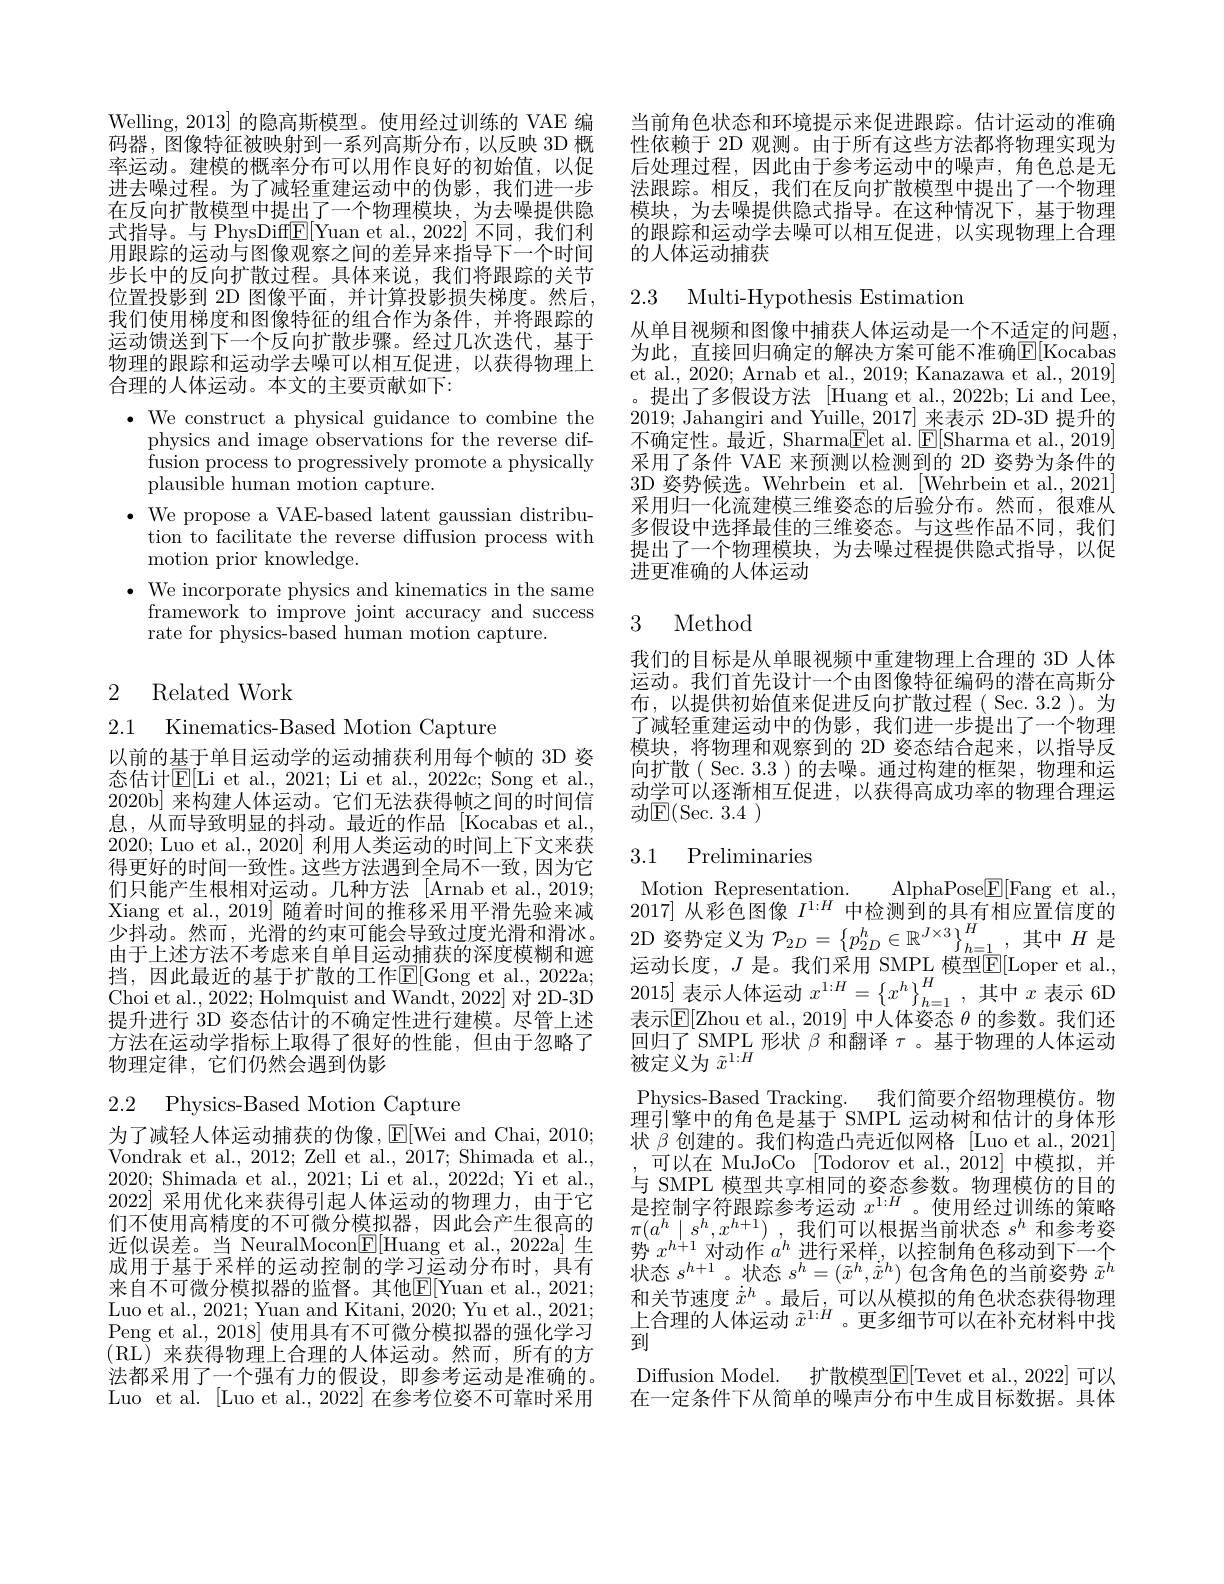
Welling, 2013] 的隐高斯模型。使用经过训练的 VAE 编码器，图像特征被映射到一系列高斯分布，以反映 3D 概率运动。建模的概率分布可以用作良好的初始值，以促进去噪过程。为了减轻重建运动中的伪影，我们进一步在反向扩散模型中提出了一个物理模块，为去噪提供隐式指导。与 PhysDiff$\underline{\mathrm{E}}[$Yuan et al.,2022] 不同，我们利用跟踪的运动与图像观察之间的差异来指导下一个时间步长中的反向扩散过程。具体来说，我们将跟踪的关节位置投影到 2D 图像平面，并计算投影损失梯度。然后， 我们使用梯度和图像特征的组合作为条件，并将跟踪的运动馈送到下一个反向扩散步骤。经过几次迭代，基于物理的跟踪和运动学去噪可以相互促进，以获得物理上合理的人体运动。本文的主要贡献如下：

$\bullet$ We construct a physical guidance to combine the
physics and image observations for the reverse diffusion process to progressively promote a physically plausible human motion capture.
$\bullet$ We propose a VAE-based latent gaussian distribu-
tion to facilitate the reverse diffusion process with
motion prior knowledge.
${\text{, We incorporate physics and kinematics in the same}}$ framework to improve joint accuracy and success rate for physics-based human motion capture.
2 Related Work

2.1 Kinematics-Based Motion Capture

以前的基于单目运动学的运动捕获利用每个帧的 3D 姿态估计$\mathbb{E}[$Li et al., 2021; Li et al., 2022c; Song et al., 2020b] 来构建人体运动。它们无法获得帧之间的时间信息，从而导致明显的抖动。最近的作品[Kocabas et al., 2020;Luo et al., 2020] 利用人类运动的时间上下文来获得更好的时间一致性。这些方法遇到全局不一致，因为它们只能产生根相对运动。几种方法 [Arnab et al.,2019; Xiang et al., 2019] 随着时间的推移采用平滑先验来减少抖动。然而，光滑的约束可能会导致过度光滑和滑冰。由于上述方法不考虑来自单目运动捕获的深度模糊和遮挡，因此最近的基于扩散的工作$\mathbb{E}[$Gong et al., 2022a; Choi et al., 2022; Holmquist and Wandt, $\bar{2}$022] 对 2D-3D 提升进行 3D 姿态估计的不确定性进行建模。尽管上述方法在运动学指标上取得了很好的性能，但由于忽略了物理定律，它们仍然会遇到伪影

2.2 Physics-Based Motion Capture

为了减轻人体运动捕获的伪像，$\operatorname{E}[$Wei and Chai, 2010; Vondrak et al., 2012; Zell et al., 2017; Shimada et al., 2020; Shimada et al., 2021; Li et al., 2022d; Yi et al., 2022]采用优化来获得引起人体运动的物理力，由于它们不使用高精度的不可微分模拟器，因此会产生很高的近似误差。当 NeuralMocon$\mathbb{E}[$Huang et al.,2022a]生成用于基于采样的运动控制的学习运动分布时，具有来自不可微分模拟器的监督。其他$\overline{\mathrm{E}}[$Yuan et al., 2021; Luo et al., 2021; Yuan and Kitani, 2020; Yu et al., 2021; Peng et al., 2018] 使用具有不可微分模拟器的强化学习(RL)来获得物理上合理的人体运动。然而，所有的方法都采用了一个强有力的假设，即参考运动是准确的。Luo et al. [Luo et al., 2022] 在参考位姿不可靠时采用

当前角色状态和环境提示来促进跟踪。估计运动的准确性依赖于 2D 观测。由于所有这些方法都将物理实现为后处理过程，因此由于参考运动中的噪声，角色总是无法跟踪。相反，我们在反向扩散模型中提出了一个物理模块，为去噪提供隐式指导。在这种情况下，基于物理的跟踪和运动学去噪可以相互促进，以实现物理上合理的人体运动捕获

## 2.3 Multi-Hypothesis Estimation

从单目视频和图像中捕获人体运动是一个不适定的问题为此，直接回归确定的解决方案可能不准确$\mathbb{E}[$Kocabas et al., 2020; Arnab et al., 2019; Kanazawa et al., 2019]
提出了多假设方法 [Huang et al., 2022b; Li and Lee, 2019; Jahangiri and Yuille, $2017]\underline{\text{来表示 2D-3D 提升的}}$ 不确定性。最近，Sharma$\boxed{\mathrm{Fet~al.~}}\boxed{\mathrm{F}}[$Sharma et al., 2019] 采用了条件 VAE 来预测以检测到的 2D 姿势为条件的3D 姿势候选。Wehrbein et al. [Wehrbein et al.,2021] 采用归一化流建模三维姿态的后验分布。然而，很难从多假设中选择最佳的三维姿态。与这些作品不同，我们提出了一个物理模块，为去噪过程提供隐式指导，以促进更准确的人体运动

## 3 Method

我们的目标是从单眼视频中重建物理上合理的 3D 人体运动。我们首先设计一个由图像特征编码的潜在高斯分布，以提供初始值来促进反向扩散过程( Sec.3.2)。为了减轻重建运动中的伪影，我们进一步提出了一个物理模块，将物理和观察到的 2D 姿态结合起来，以指导反向扩散( Sec. 3.3 ) 的去噪。通过构建的框架，物理和运动学可以逐渐相互促进，以获得高成功率的物理合理运动$\mathbb{E}($Sec. 3.4)

### 3.1 Preliminaries

Motion Representation.
AlphaPose$\boxed{\mathrm{F}}[$Fang et al.,
2017] 从彩色图像$I^{1:H}$中检测到的具有相应置信度的2D 姿势定义为$\mathcal{P}_2D=\left\{p_{2D}^h\in\mathbb{R}^{J\times3}\right\}_{h=1}^H$,其中$H$是运动长度，$J$ 是。我们采用 SMPL 模型$\mathbb{E}[$Loper et al., 表示$\mathbb{E}[$Zhou et al., 2019] 中人体姿态 $\theta$ 的参数。我们还回 归 了 SMPL 形 状 $\beta \dot {\text{ 和 翻 译 }\tau }$。基 于 物 理 的 人 体 运 动 被 定 义 为 $\tilde{x} ^{1: H}$ Physics-Based Tracking. 我们简要介绍物理模仿。物理引擎中的角色是基于 SMPL 运动树和估计的身体形状$\beta$创建的。我们构造凸壳近似网格 [Luo et al.,2021]
可以在 MuJoCo [Todorov et al.,2012] 中模拟，并与 SMPL 模型共享相同的姿态参数。物理模仿的目的是控制字符跟踪参考运动$x^{1:H}$。使用经过训练的策略$\pi ( a^h\mid s^h, x^{h+ 1})$ ,我们可以根据当前状态 $s^h$ 和参考姿势$x^h+1$对动作$a^h$进行采样，以控制角色移动到下一个状态$s^h+1$。状态$s^h=(\tilde{x}^h,\tilde{\tilde{x}}^h)$包含角色的当前姿势$\tilde{x}^h$ 和关节速度$\dot{\tilde{x}}^h$ 。最后，可以从模拟的角色状态获得物理上合理的人体运动$\tilde{x}^{1:H}$。更多细节可以在补充材料中找到
Diffusion Model. 扩散模型E[Tevet et al., 2022] 可以在一定条件下从简单的噪声分布中生成目标数据。具体